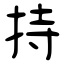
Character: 持